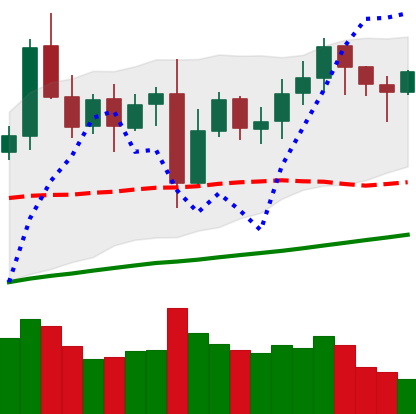
Ticker: LTC-USD
Chart end date: 2021-11-07
Forward return: 24.502%
Label: up_7plus